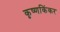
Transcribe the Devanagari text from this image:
कृष्णकिंकर